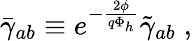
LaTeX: \bar{\gamma}_{ab}\equiv e^{-\frac{2\phi}{q\Phi_{h}}}\tilde{\gamma}_{ab}\; ,